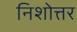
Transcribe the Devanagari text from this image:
निशोत्तर